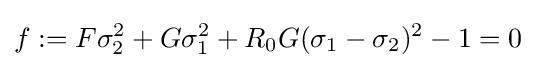
f:=F\sigma _{2}^{2}+G\sigma _{1}^{2}+R_{0}G(\sigma _{1}-\sigma _{2})^{2}-1=0